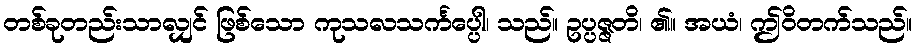
တစ်ခုတည်းသာလျှင် ဖြစ်သော ကုသလသင်္ကပ္ပေါ၊ သည်။ ဥပ္ပဇ္ဇတိ၊ ၏။ အယံ၊ ဤဝိတက်သည်။